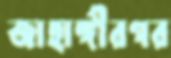
জাহাঙ্গীরগর